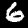
Label: 6